Bombay plague: being a history of the progress of plague in the Bombay presidency from September 1896 to June 1899
Year: 1896
Disease focus: Plague
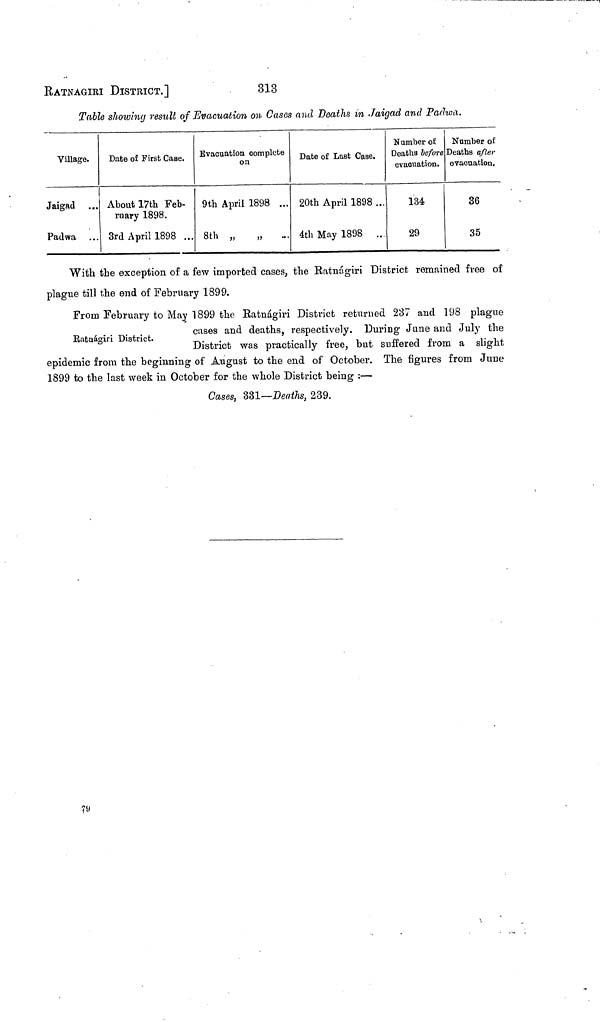
RATNAGIRI DISTRICT.]
313
Table showing result of Evacuation on Cases and Deaths in Jaigad and Padwa.
Village.
Jaigad ...
Padwa ...
Date of First Case.
About 17th Feb-
ruary 1898.
3rd April 1898 ...
Evacuation complete
on
9th April 1898 ...
8th „
„
...
Date of Last Case.
20th April 1898 ...
4th May 1898
...
Number of
Deaths before
evacuation.
134
29
Number of
Deaths after
evacuation.
36
35
With the exception of a few imported cases, the Ratnágiri District remained free of
plague till the end of February 1899.
Ratnágiri District.
From February to May 1899 the Ratnágiri District returned 237 and 198 plague
cases and deaths, respectively. During June and July the
District was practically free, but suffered from a slight
epidemic from the beginning of August to the end of October. The figures from June
1899 to the last week in October for the whole District being :—
Cases, 331—Deaths, 239.
79